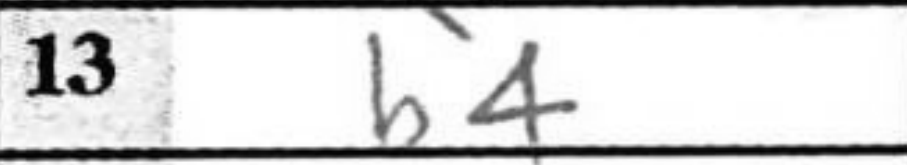
Transcription: b4